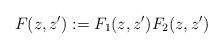
LaTeX: \begin{align*}F(z,z'):=F_1(z,z')F_2(z,z')\end{align*}